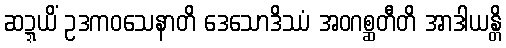
ဆဍ္ဍယိံ ဥဒကဝသေနာတိ ဒေသောဒိဿံ အဝဂစ္ဆတီတိ အာဒါယန္တိ